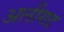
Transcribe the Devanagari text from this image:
अलीगद